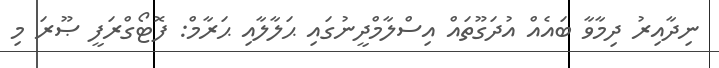
ނިދާއިރު ދިމާވާ ބައެއް އުދަގޫތައް އިސްލާމްދީނުގައި ޙަލާލާއި ޙަރާމް: ފޮޓޯގްރަފީ ޞޫރަ މި